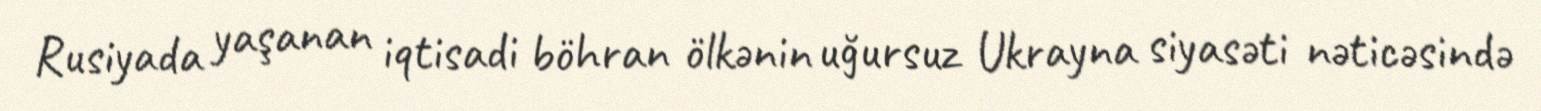
Rusiyada yaşanan iqtisadi böhran ölkənin uğursuz Ukrayna siyasəti nəticəsində